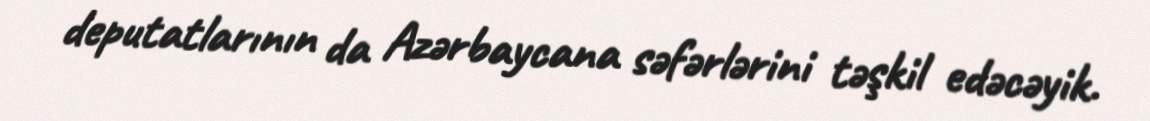
deputatlarının da Azərbaycana səfərlərini təşkil edəcəyik.